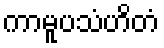
ကာမူပသံဟိတံ